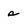
Character: s